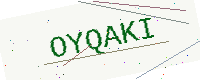
Text: OYQAKI